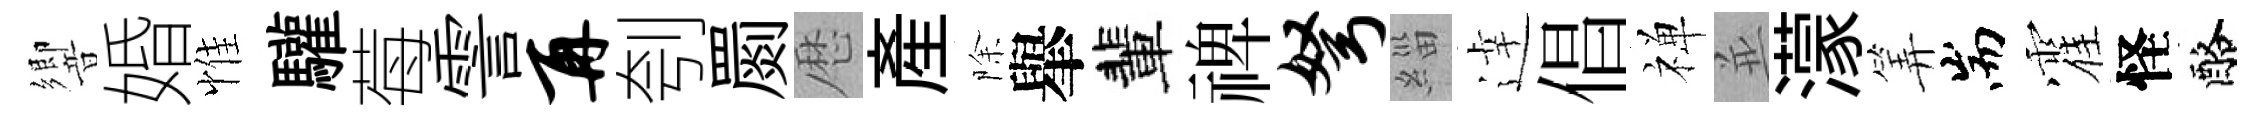
響婚惟驩莓霅再刳罽厯産除𦦙輩禆弩緇逹倡禅並濛筭耑霍怪酪